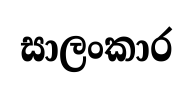
සාලංකාර